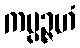
ကပ္ပဉ္ဇဟံ